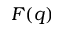
F ( q )